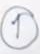
1